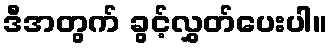
ဒီအတွက် ခွင့်လွှတ်ပေးပါ။